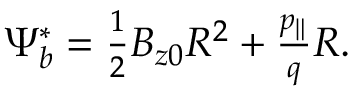
\begin{array} { r } { \Psi _ { b } ^ { * } = \frac { 1 } { 2 } B _ { z 0 } R ^ { 2 } + \frac { p _ { \| } } { q } R . } \end{array}